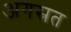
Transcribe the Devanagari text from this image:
अगस्रत